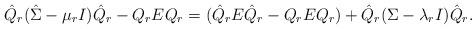
LaTeX: \begin{align*}\hat Q_r(\hat \Sigma-\mu_rI)\hat Q_r-Q_rEQ_r=(\hat{Q}_rE\hat{Q}_r-Q_rEQ_r)+\hat{Q}_r( \Sigma-\lambda_r I)\hat{Q}_r.\end{align*}